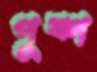
পুষ্প